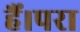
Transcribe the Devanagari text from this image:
हैं।परा